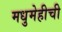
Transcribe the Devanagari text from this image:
मधुमेहीची